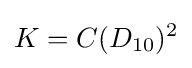
K=C(D_{10})^{2}